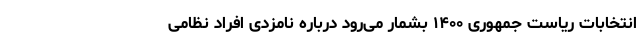
انتخابات ریاست جمهوری ۱۴۰۰ بشمار می‌رود درباره نامزدی افراد نظامی